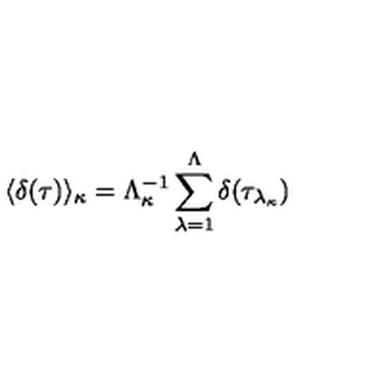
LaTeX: \langle \delta ( \tau ) \rangle _ { \kappa } = \Lambda _ { \kappa } ^ { - 1 } \sum _ { \lambda = 1 } ^ { \Lambda } \delta ( \tau _ { \lambda _ { \kappa } } )